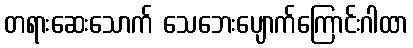
တရားဆေးသောက် သေဘေးပျောက်ကြောင်းဂါထာ